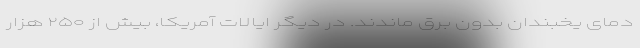
دمای یخبندان بدون برق ماندند. در دیگر ایالات آمریکا، بیش از ۲۵۰ هزار